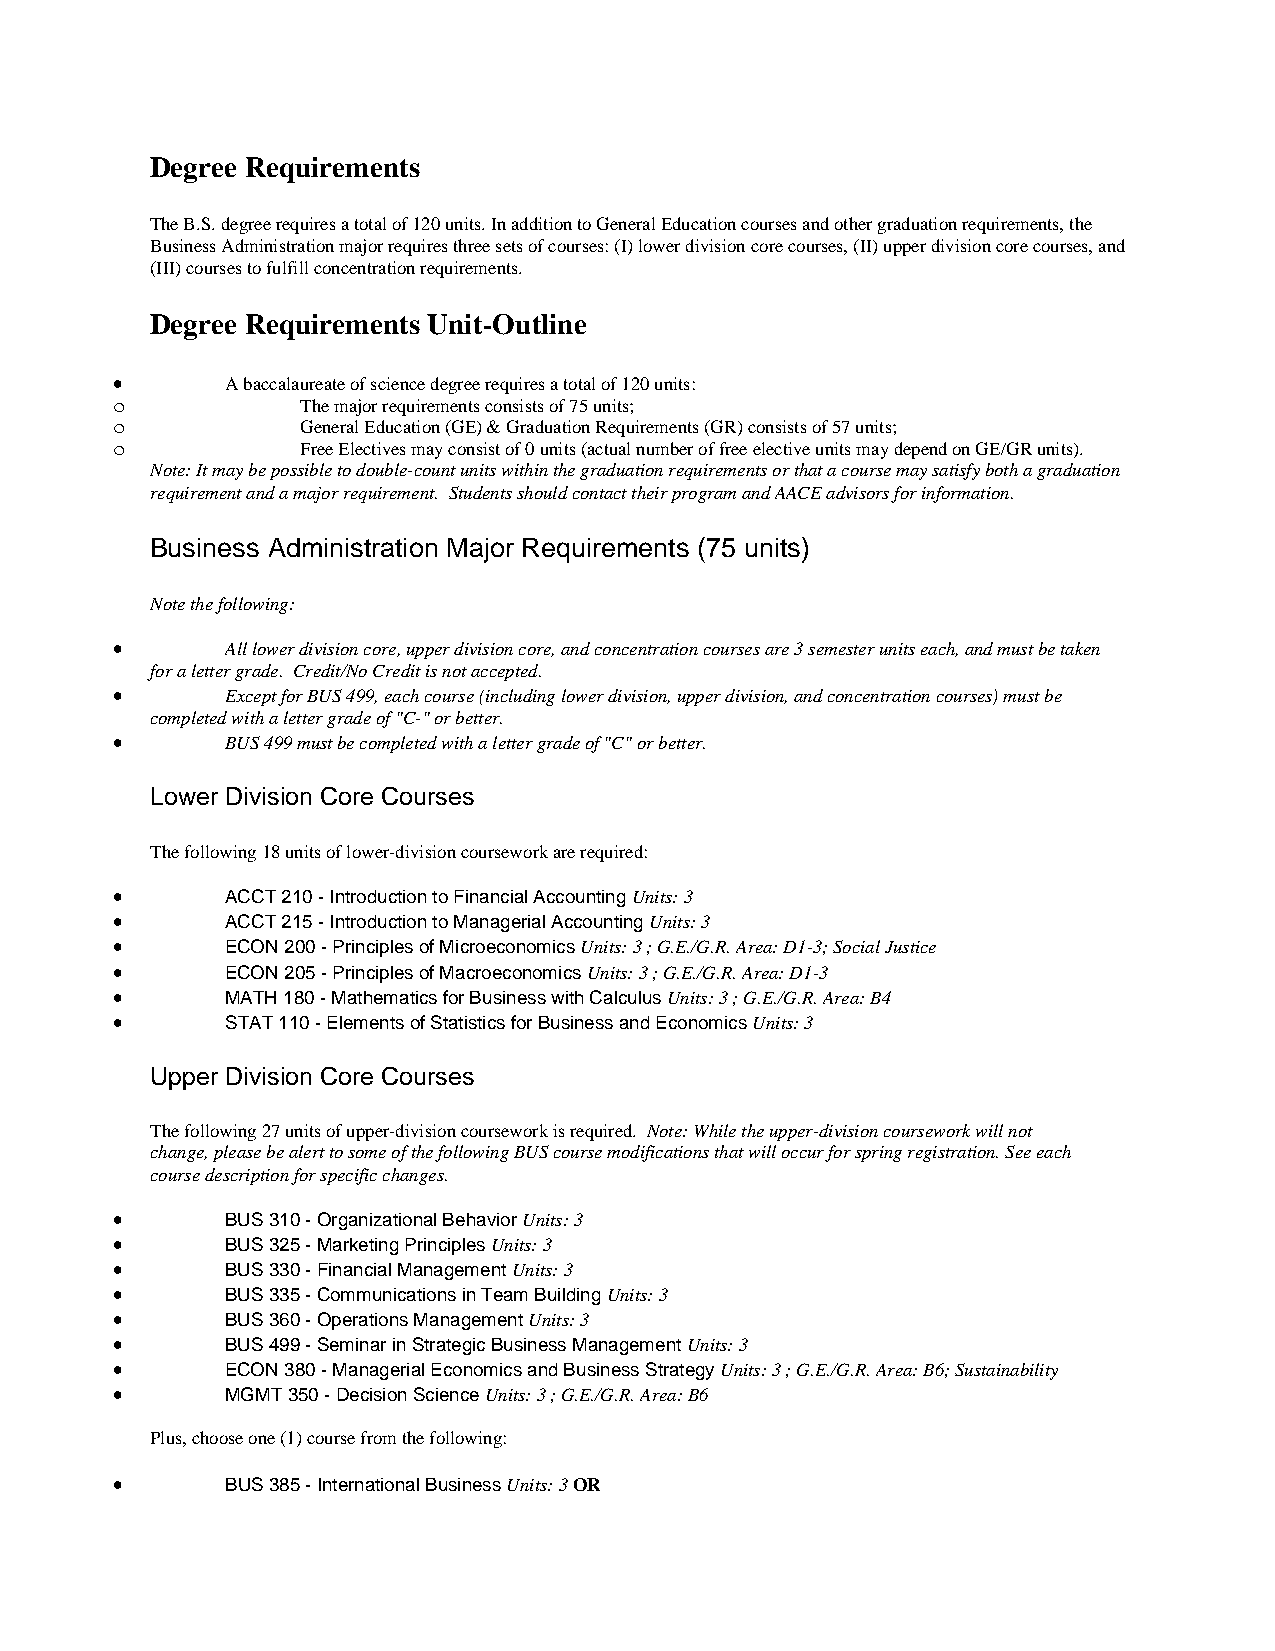
Degree Requirements
 The B.S. degree requires a total of 120 units. In addition to General Education courses and other graduation requirements, the
 Business Administration major requires three sets of courses: (I) lower division core courses, (II) upper division core courses, and
 (III) courses to fulfill concentration requirements.
 Degree Requirements Unit-Outline
 •       A baccalaureate of science degree requires a total of 120 units:
 o            The major requirements consists of 75 units;
 o            General Education (GE) & Graduation Requirements (GR) consists of 57 units;
 o            Free Electives may consist of 0 units (actual number of free elective units may depend on GE/GR units).
 Note: It may be possible to double-count units within the graduation requirements or that a course may satisfy both a graduation
 requirement and a major requirement. Students should contact their program and AACE advisors for information.
 Business Administration Major Requirements (75 units)
 Note the following:
 •       All lower division core, upper division core, and concentration courses are 3 semester units each, and must be taken
 for a letter grade. Credit/No Credit is not accepted.
 •       Except for BUS 499, each course (including lower division, upper division, and concentration courses) must be
 completed with a letter grade of "C-" or better.
 •       BUS 499 must be completed with a letter grade of "C" or better.
 Lower Division Core Courses
 The following 18 units of lower-division coursework are required:
 •       ACCT 210 - Introduction to Financial Accounting Units: 3
 •       ACCT 215 - Introduction to Managerial Accounting Units: 3
 •       ECON 200 - Principles of Microeconomics Units: 3 ; G.E./G.R. Area: D1-3; Social Justice
 •       ECON 205 - Principles of Macroeconomics Units: 3 ; G.E./G.R. Area: D1-3
 •       MATH 180 - Mathematics for Business with Calculus Units: 3 ; G.E./G.R. Area: B4
 •       STAT 110 - Elements of Statistics for Business and Economics Units: 3
 Upper Division Core Courses
 The following 27 units of upper-division coursework is required. Note: While the upper-division coursework will not
 change, please be alert to some of the following BUS course modifications that will occur for spring registration. See each
 course description for specific changes.
 •       BUS 310 - Organizational Behavior Units: 3
 •       BUS 325 - Marketing Principles Units: 3
 •       BUS 330 - Financial Management Units: 3
 •       BUS 335 - Communications in Team Building Units: 3
 •       BUS 360 - Operations Management Units: 3
 •       BUS 499 - Seminar in Strategic Business Management Units: 3
 •       ECON 380 - Managerial Economics and Business Strategy Units: 3 ; G.E./G.R. Area: B6; Sustainability
 •       MGMT 350 - Decision Science Units: 3 ; G.E./G.R. Area: B6
 Plus, choose one (1) course from the following:
 •       BUS 385 - International Business Units: 3 OR